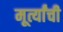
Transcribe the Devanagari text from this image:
मूर्त्यांची